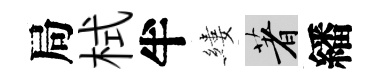
局栻半縷著繙